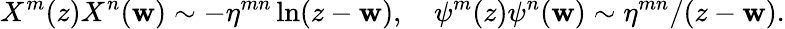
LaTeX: X^{m}(z)X^{n}(\mathbf{w})\sim-\eta^{mn}\ln(z-\mathbf{w}),\quad\psi^{m}(z)\psi^{n}(\mathbf{w})\sim\eta^{mn}/(z-\mathbf{w}).